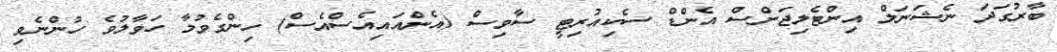
ބާރުގަދަ ނެޝަނަލް އިންޓެލިޖަންސް އެންޑް ސެކިއުރިޓީ ސާވިސް (އެންއައިއެސްއެސް) ހިންގެވުމާ ހަވާލުވެ ހުންނެވި